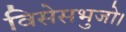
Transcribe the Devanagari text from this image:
विसेसभुजो।